65_HS1-834228961_62-HQ-83894_Section_1
Agency: FBI
Page 152
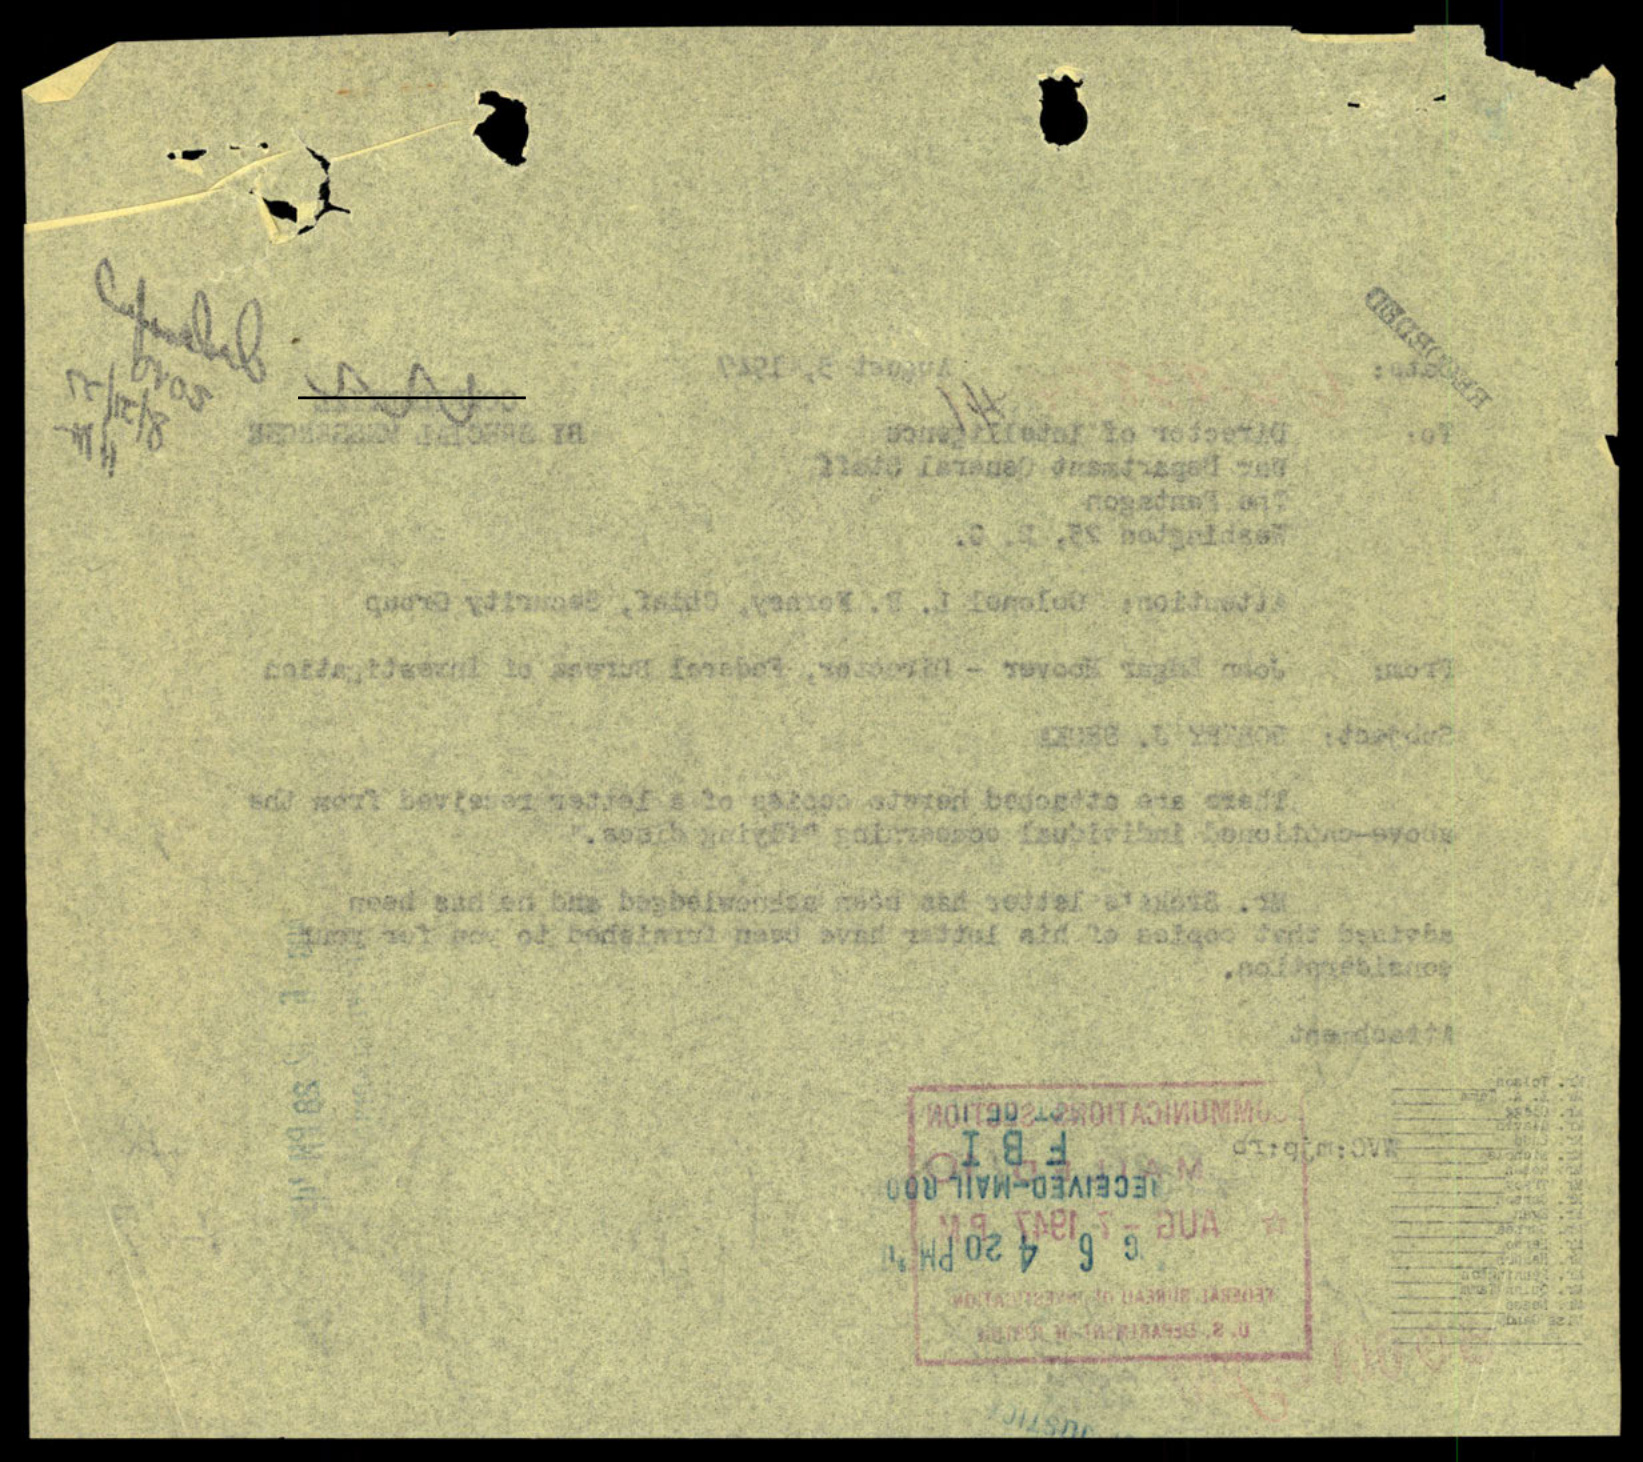